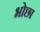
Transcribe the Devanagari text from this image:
भोछा